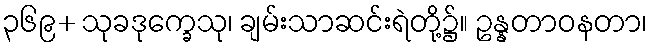
၃၆၉+ သုခဒုက္ခေသု၊ ချမ်းသာဆင်းရဲတို့၌။ ဥန္နတာဝနတာ၊